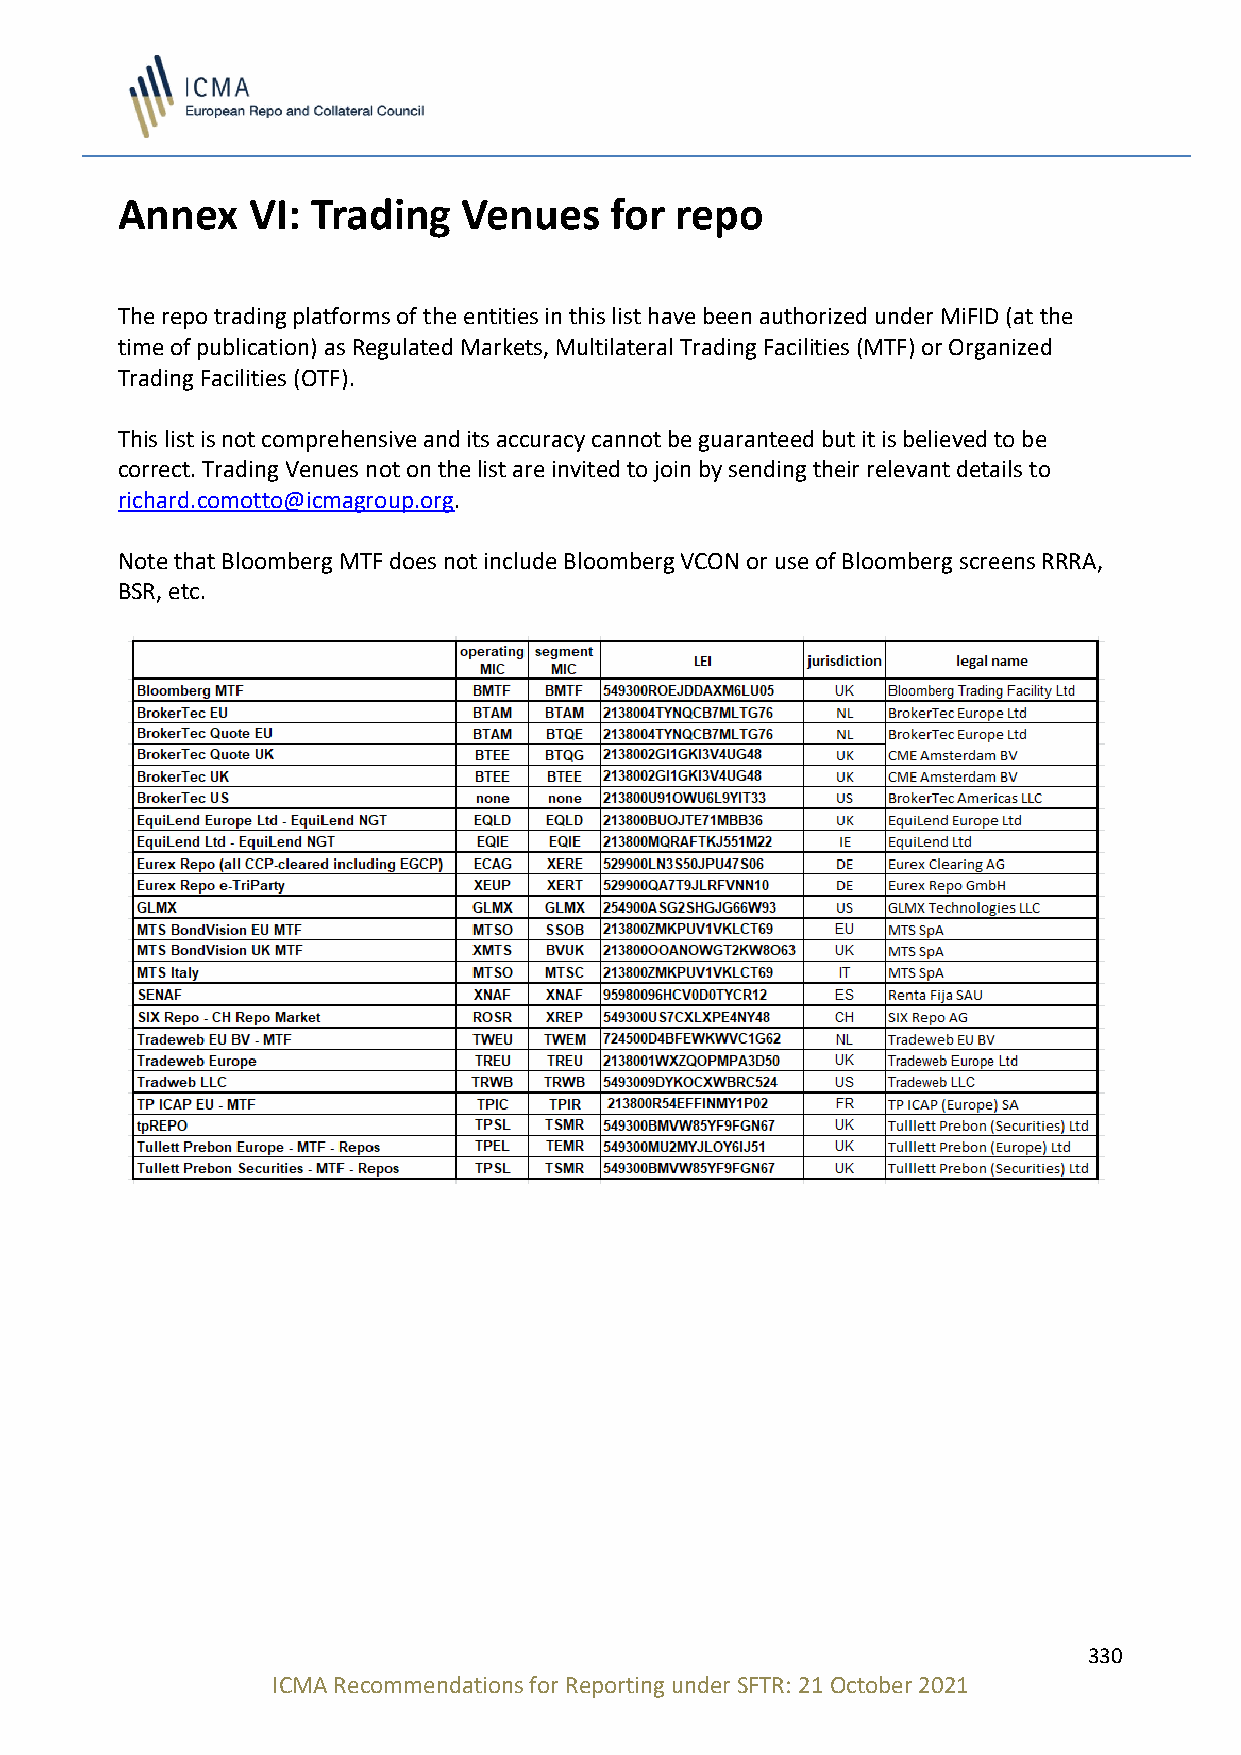
Annex   VI:  Trading   Venues   for  repo
 The repo trading platforms of the entities in this list have been authorized under MiFID (at the
 time of publication) as Regulated Markets, Multilateral Trading Facilities (MTF) or Organized
 Trading Facilities (OTF).
 This list is not comprehensive and its accuracy cannot be guaranteed but it is believed to be
 correct. Trading Venues not on the list are invited to join by sending their relevant details to
 richard.comotto@icmagroup.org.
 Note that Bloomberg MTF does not include Bloomberg VCON or use of Bloomberg screens RRRA,
 BSR, etc.
 330
 ICMA Recommendations for Reporting under SFTR: 21 October 2021